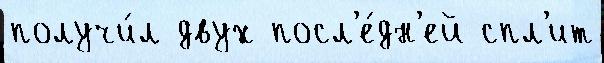
получи́л двух посл'е́дн'ей спл'ит